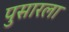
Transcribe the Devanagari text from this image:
पुसारला